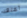
أعتقد